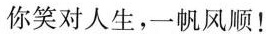
你笑对人生，一帆风顺！